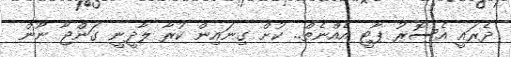
ދެރައީ އެސޮރު ޕާޓީ އެއްނެތް.. ކުށް ގިނައިން ކުރާ ލާދީނީ ގަންޖާ ނޫން